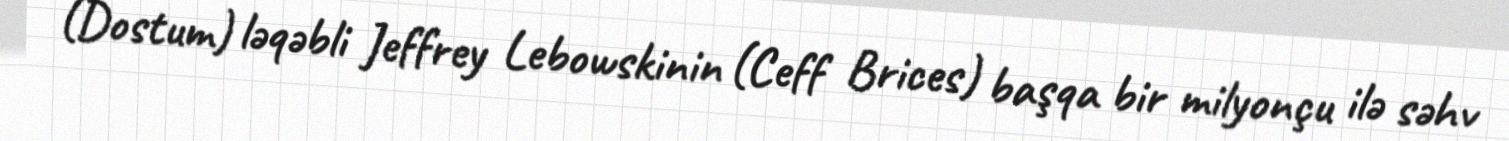
(Dostum) ləqəbli Jeffrey Lebowskinin (Ceff Brices) başqa bir milyonçu ilə səhv